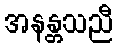
အနန္တသညီ